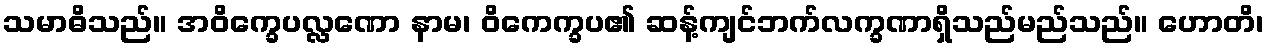
သမာဓိသည်။ အဝိက္ခေပလ္လဏော နာမ၊ ဝိကေက္ခပ၏ ဆန့်ကျင်ဘက်လက္ခဏာရှိသည်မည်သည်။ ဟောတိ၊